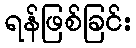
ရန်ဖြစ်ခြင်း